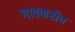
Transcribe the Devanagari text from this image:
गावकरीच